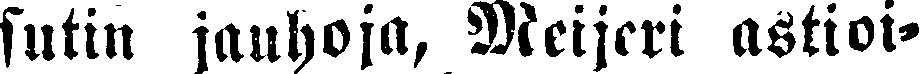
sutin jauhoja, Meijeri astioi-